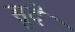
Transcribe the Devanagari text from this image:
सुदे